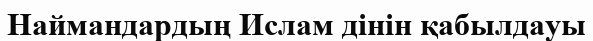
Наймандардың Ислам дінін қабылдауы